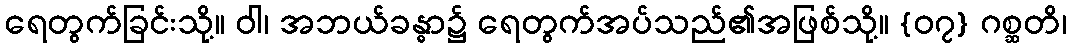
ရေတွက်ခြင်းသို့။ ဝါ၊ အဘယ်ခန္ဓာ၌ ရေတွက်အပ်သည်၏အဖြစ်သို့။ {၀၇} ဂစ္ဆတိ၊